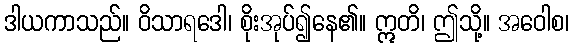
ဒါယကာသည်။ ဝိသာရဒေါ၊ စိုးအုပ်၍နေ၏။ ဣတိ၊ ဤသို့။ အဝေါစ၊